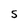
Character: S